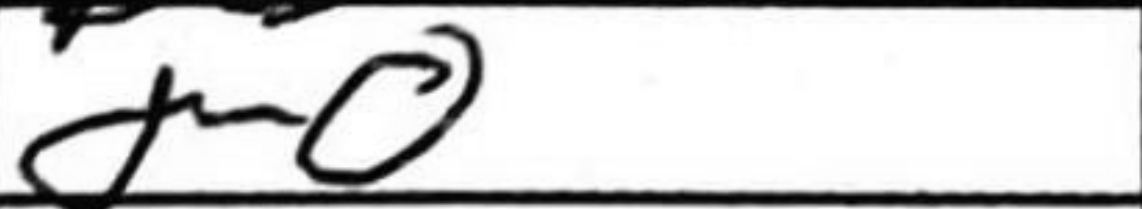
Transcription: O-O